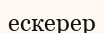
ескерер